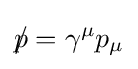
p\!\!\!/=\gamma ^{\mu }p_{\mu }